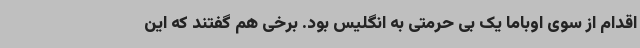
اقدام از سوی اوباما یک بی حرمتی به انگلیس بود. برخی هم گفتند که این